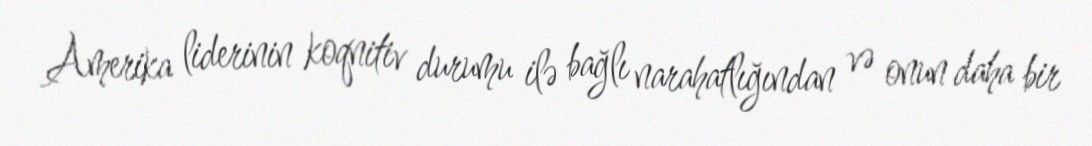
Amerika liderinin koqnitiv durumu ilə bağlı narahatlığından və onun daha bir